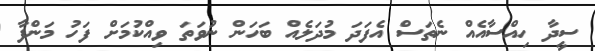
ސީދާ ހިއްސާއެއް ނެތަސް އެފަދަ މުދަލެއް ބަހަން ނުވަތަ ވިއްކުމަށް ފަހު މަންފާ